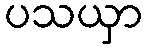
ပသယှာ